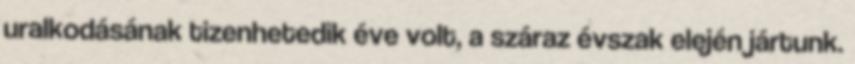
uralkodásának tizenhetedik éve volt, a száraz évszak elején jártunk.